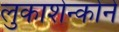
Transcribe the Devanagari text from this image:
लुकाशेन्कोने